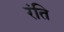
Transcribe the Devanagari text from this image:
रंति